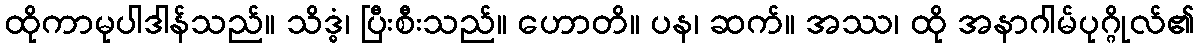
ထိုကာမုပါဒါန်သည်။ သိဒ္ဓံ၊ ပြီးစီးသည်။ ဟောတိ။ ပန၊ ဆက်။ အဿ၊ ထို အနာဂါမ်ပုဂ္ဂိုလ်၏